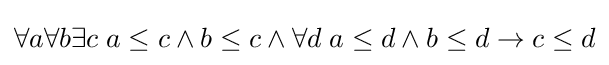
\forall a\forall b\exists c\;a\leq c\wedge b\leq c\wedge \forall d\;a\leq d\wedge b\leq d\rightarrow c\leq d